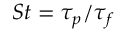
S t = \tau _ { p } / \tau _ { f }